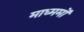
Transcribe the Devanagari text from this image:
माध्ममों